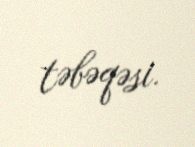
təbəqəsi.